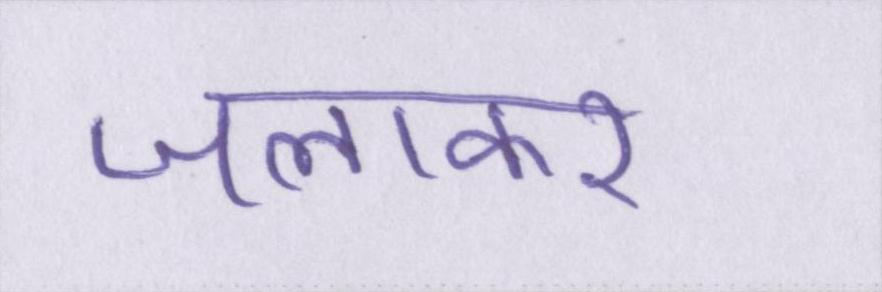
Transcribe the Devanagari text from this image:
जलाकर